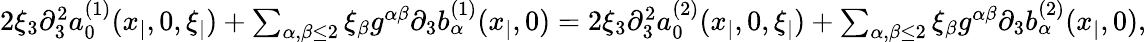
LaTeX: \begin{array}{r}{2\xi_{3}\partial_{3}^{2}a_{0}^{(1)}(x_{|},0,\xi_{|})+\sum_{\alpha,\beta\leq 2}\xi_{\beta}g^{\alpha\beta}\partial_{3}b_{\alpha}^{(1)}(x_{|},0)=2\xi_{3}\partial_{3}^{2}a_{0}^{(2)}(x_{|},0,\xi_{|})+\sum_{\alpha,\beta\leq 2}\xi_{\beta}g^{\alpha\beta}\partial_{3}b_{\alpha}^{(2)}(x_{|},0),}\end{array}